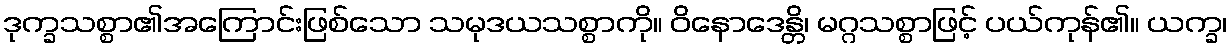
ဒုက္ခသစ္စာ၏အကြောင်းဖြစ်သော သမုဒယသစ္စာကို။ ဝိနောဒေန္တိ၊ မဂ္ဂသစ္စာဖြင့် ပယ်ကုန်၏။ ယက္ခ၊